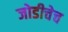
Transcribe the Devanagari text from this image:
जोडीचेच